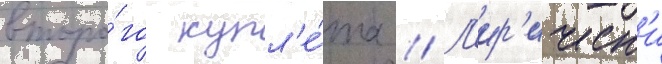
второ́го купл'е́та // Л'ир'ическ'и